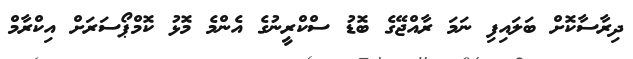
ދިރާސާކޮށް ބަލައިފި ނަމަ ރާއްޖޭގެ ބޮޑު ސްކްރީނުގެ އެންމެ މޮޅު ކޮމްޕޯސަރަށް އިކްރާމް